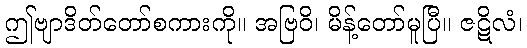
ဤဗျာဒိတ်တော်စကားကို။ အဗြဝိ၊ မိန့်တော်မူပြီ။ ဇဋိလံ၊